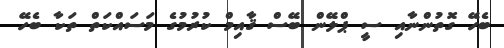
ބެހޭ ގޮތުންނާއި ސީ ޕްލޭން ބޭސް ޤާއިމް ކުރުމުގެ މަސައްކަތް ތަކާ ބެހޭ